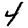
Digit: 4